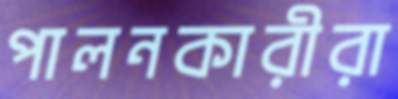
পালনকারীরা